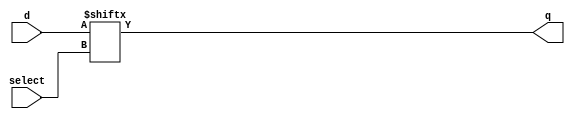

module muxif( select, d, q );

input[2:0] select;
input[7:0] d;
output     q;

reg     q;
wire[2:0] select;
wire[7:0] d;
always @(select)
begin
 q = d[select];
end
endmodule